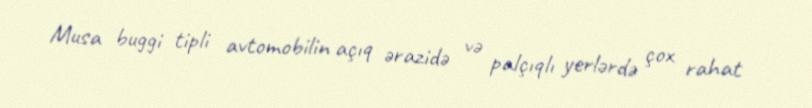
Musa buggi tipli avtomobilin açıq ərazidə və palçıqlı yerlərdə çox rahat